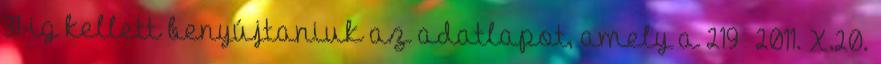
31-ig kellett benyújtaniuk az adatlapot, amely a 219 2011. X.20.